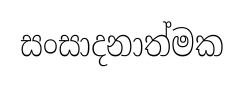
සංසාදනාත්මක